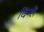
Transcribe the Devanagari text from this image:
विन्से